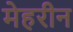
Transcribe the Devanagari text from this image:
मेहरीन